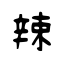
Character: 辣